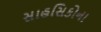
સાહસિકોના